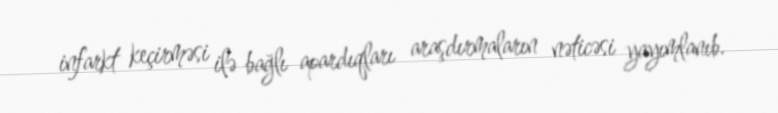
infarkt keçirməsi ilə bağlı apardıqları araşdırmaların nəticəsi yayımlanıb.